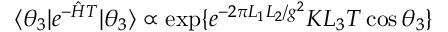
\langle \theta _ { 3 } | e ^ { - { \hat { H } } T } | \theta _ { 3 } \rangle \propto \mathrm { e x p } \{ e ^ { - 2 \pi L _ { 1 } L _ { 2 } / g ^ { 2 } } K L _ { 3 } T \cos \theta _ { 3 } \}